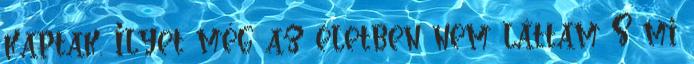
kaptak. Ilyet még az életben nem láttam S mi